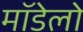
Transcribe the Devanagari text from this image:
मॉडेलो